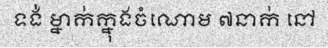
ទង់ ម្នាក់ក្នុងចំណោម ៧នាក់ នៅ